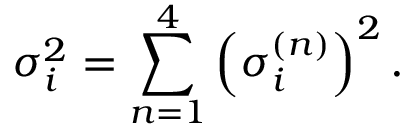
\sigma _ { i } ^ { 2 } = \sum _ { n = 1 } ^ { 4 } \left( \sigma _ { i } ^ { ( n ) } \right) ^ { 2 } .